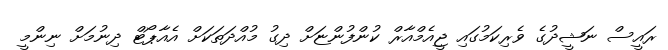
ރައީސް ނަޝީދުގެ ވެރިކަމުގައި ޖީއެމްއާރް ކުންފުންޏަށް ދިގު މުއްދަތަކަށް އެއާޕޯޓް ދިނުމަށް ނިންމީ